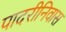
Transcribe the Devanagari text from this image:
पादरीनिवास